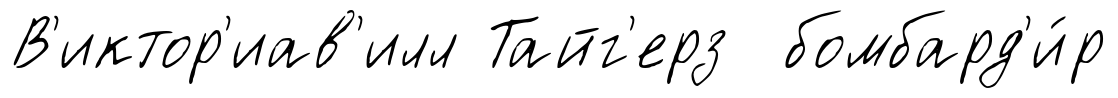
В'иктор'иав'илл Тайг'ерз бомбард'и́р